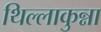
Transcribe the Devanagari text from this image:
थिल्लाकुन्ना